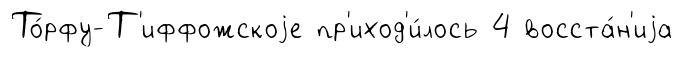
То́рфу-Т'иффожскоjе пр'иход'и́лось 4 восста́н'иjа